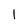
Character: l